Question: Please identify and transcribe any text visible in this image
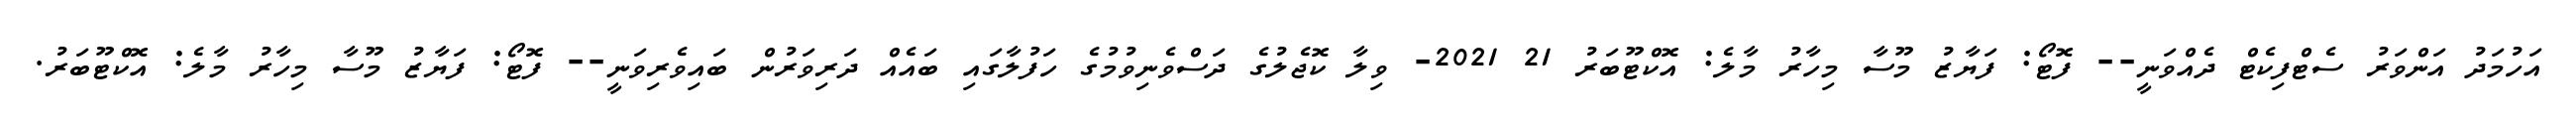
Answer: އަހުމަދު އަންވަރު ސެޓްފިކެޓް ދެއްވަނީ-- ފޮޓޯ: ފަޔާޒު މޫސާ މިހާރު މާލެ: އޮކްޓޫބަރު 21 2021- ވިލާ ކޮޖެލުގެ ދަސްވެނިވުމުގެ ހަފުލާގައި ބައެއް ދަރިވަރުން ބައިވެރިވަނީ-- ފޮޓޯ: ފަޔާޒު މޫސާ މިހާރު މާލެ: އޮކްޓޫބަރު.